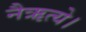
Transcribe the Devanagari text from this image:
नैऋत्ये।